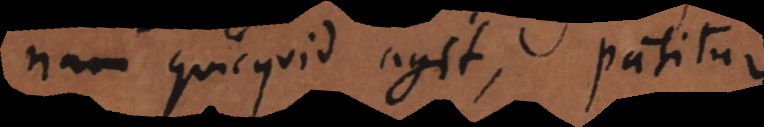
nam quicquid agit, patitur.